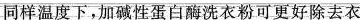
同样温度下，加碱性蛋白酶洗衣粉可更好除去衣